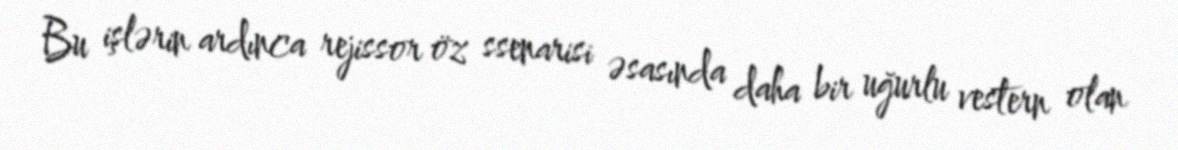
Bu işlərin ardınca rejissor öz ssenarisi əsasında daha bir uğurlu vestern olan